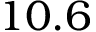
1 0 . 6